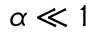
\alpha \ll 1